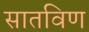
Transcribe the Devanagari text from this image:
सातविण